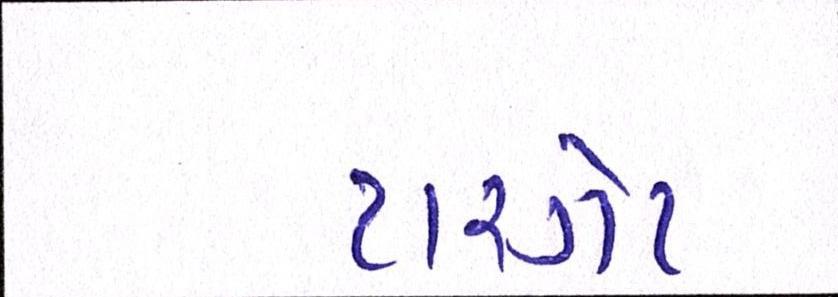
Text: ટારગેટ